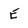
Character: E